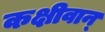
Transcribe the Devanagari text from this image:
कक्षीवान्